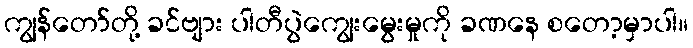
ကျွန်တော်တို့ ခင်ဗျား ပါတီပွဲကျွေးမွေးမှုကို ခဏနေ စတော့မှာပါ။